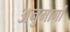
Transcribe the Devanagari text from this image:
अनुमार्गों